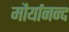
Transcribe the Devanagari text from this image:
मौर्यानन्द